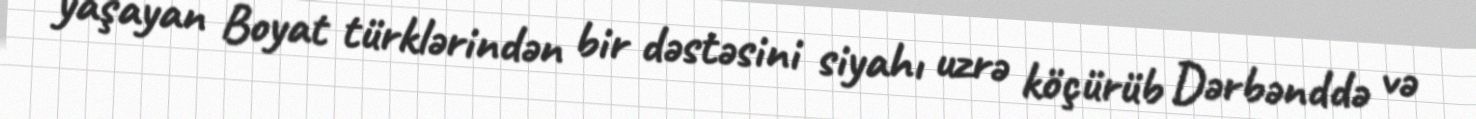
yaşayan Boyat türklərindən bir dəstəsini siyahı uzrə köçürüb Dərbənddə və